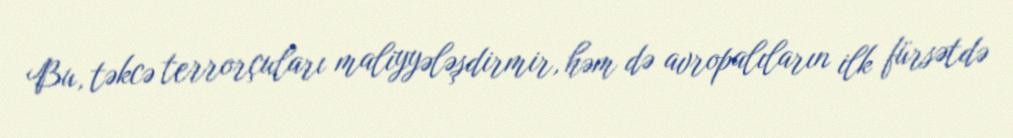
Bu, təkcə terrorçuları maliyyələşdirmir, həm də avropalıların ilk fürsətdə